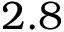
2 . 8